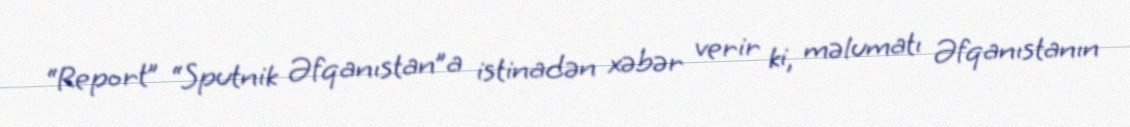
“Report” “Sputnik Əfqanıstan”a istinadən xəbər verir ki, məlumatı Əfqanıstanın